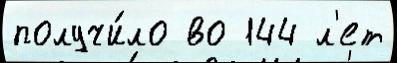
получи́ло во 144 л'ет